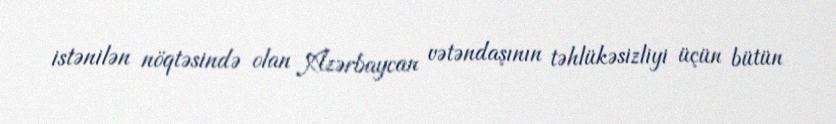
istənilən nöqtəsində olan Azərbaycan vətəndaşının təhlükəsizliyi üçün bütün